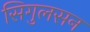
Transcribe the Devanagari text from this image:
सिगुलसन